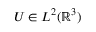
U \in L ^ { 2 } ( { \mathbb R } ^ { 3 } )